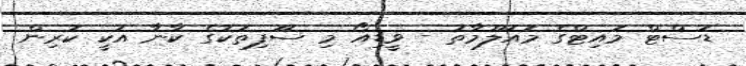
ޑަސްޓް މައިޓްގެ މައުލޫމާތު - ވީޑިއޯ މި ސޫފިތަކުގެ ކާނާ އަކީ ކުރިން